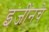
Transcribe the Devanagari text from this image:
इंजींनचे